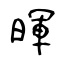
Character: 暉